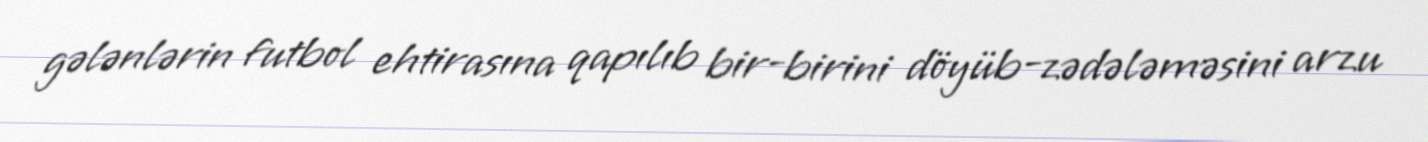
gələnlərin futbol ehtirasına qapılıb bir-birini döyüb-zədələməsini arzu